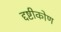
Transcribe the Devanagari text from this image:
द्दष्टीकोण